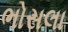
ભોસલા